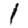
Digit: 1